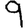
Digit: 9